Annual administration and progress report of the Indian Medical Department, Bombay
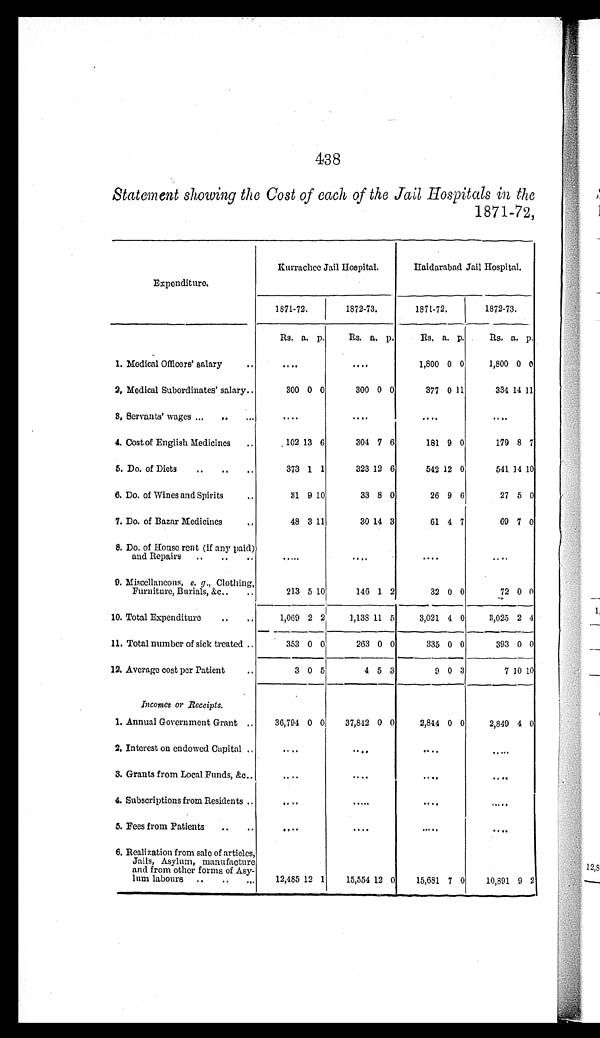
438
Statement showing the Cost of each of the Jail Hospitals in the
1871-72,
Expenditure.
Kurrachee Jail Hospital.
Haidarabad Jail Hospital.
1871-72.
1872-73.
1871-72.
1872-73.
Rs. a. p.
Rs. a. p.
Rs.
a. p.
Rs. a. p.
1. Medical Officers' salary . . .
. . .
. . .
1,800 0 0
1,800 0 0
2. Medical Subordinates' salary . . .
300 0 0
300 0 0
377 0 11
334 14 11
3. Servants' wages . . .
. . .
. . .
. . .
. . .
4. Cost of English Medicines . . .
102 13 6
304 7 6
181 9 0
179 8 7
5. Do. of Diets . . .
373 1 1
323 12 6
542 12 0
541 14 10
6. Do. of Wines and Spirits . . .
31 9 10
33 8 0
26 9 6
27 5 0
7. Do. of Bazar Medicines . . .
4 8 3 11
30 14 3
61 4 7
69 7 0
8. Do. of House rent (if any paid)
and Repairs . . .
. . .
. . .
. . .
. . .
9. Miscellaneous, e. g., Clothing,
Furniture, Burials, &c. . . .
213 5 10146 1 2
32 0 0
72 0 0
10. Total Expenditure . . .
1,069 2 2
1,138 11 5
3,021 4 0
3,025 2 4
11. Total number of sick treated . . .
353 0 0
263 0 0
335 0 0
393 0 0
12. Average cost per Patient . . .
3 0 5
4
5 3
9 0 3
7 10 10
Incomes or Receipts.
1. Annual Government Grant . . .
36,794 0 0
37,842 0 0
2,844 0 0
2,849 4 0
2. Interest on endowed Capital . . .
. . .
. . .
. . .
. . .
3. Grants from Local Funds, &c. . . .
. . .
. . .
. . .
. . .
4. Subscriptions from Residents . . .
. . .
. . .
. . .
. . .
5. Fees from Patients . . .
. . .
. . .
. . .
. . .
6. Realization from sale of articles,
Jails, Asylum, manufacture
and from other forms of Asy -
lum labours . . .
12,485 12 1
15,554 12 0
15,681 7 0
10,891 9 2